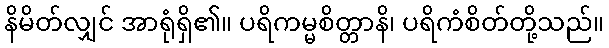
နိမိတ်လျှင် အာရုံရှိ၏။ ပရိကမ္မစိတ္တာနိ၊ ပရိကံစိတ်တို့သည်။